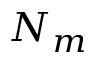
N _ { m }